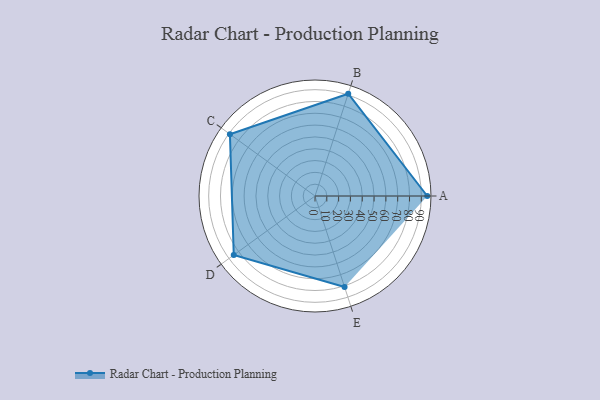
{"axis": {"x": "Skill", "y": "Score"}, "legend": ["Profile"], "data": [{"x": "A", "y": 95.0, "type": "Profile"}, {"x": "B", "y": 91.0, "type": "Profile"}, {"x": "C", "y": 89.0, "type": "Profile"}, {"x": "D", "y": 85.0, "type": "Profile"}, {"x": "E", "y": 81.0, "type": "Profile"}]}